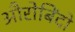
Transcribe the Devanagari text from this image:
औरोबिंदो